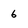
Character: 6